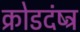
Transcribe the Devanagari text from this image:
क्रोडदंष्ट्र